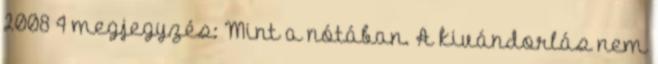
2008 4 megjegyzés: Mint a nótában. A kivándorlás nem